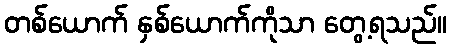
တစ်ယောက် နှစ်ယောက်ကိုသာ တွေ့ရသည်။